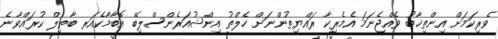
ވެރިކަމަށް އިންތިޚާބު ވެއްޖެނަމަ އެމެރިކާ ރައްޔިތުންނަށް ހެލްތު އިންޝުއަރެންސްލިބޭ އޮބާމާކެއަރ ބާތިލް ކުރައްވާނެ